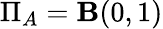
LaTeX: \Pi_{A}=\mathbf{B}(0,1)